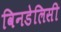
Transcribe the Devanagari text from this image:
विनडेलिसी